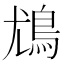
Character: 𩾵